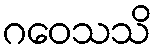
ဂဝေသသိ